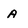
Character: a